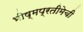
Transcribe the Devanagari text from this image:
भीष्मप्रतीमेची